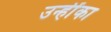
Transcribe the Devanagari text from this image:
उन्हींका